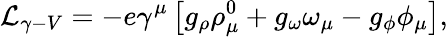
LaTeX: {\cal L}_{\gamma-V}=-e\gamma^{\mu}\left[g_{\rho}\rho_{\mu}^{0}+g_{\omega}\omega_{\mu}-g_{\phi}\phi_{\mu}\right],